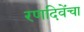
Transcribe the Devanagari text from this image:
रणदिवेंचा